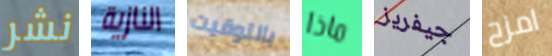
نشر النازية بالتوقيت ماذا جيفريز امزح